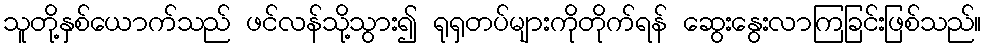
သူတို့နှစ်ယောက်သည် ဖင်လန်သို့သွား၍ ရုရှတပ်များကိုတိုက်ရန် ဆွေးနွေးလာကြခြင်းဖြစ်သည်။